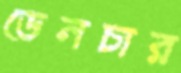
ডেনচার